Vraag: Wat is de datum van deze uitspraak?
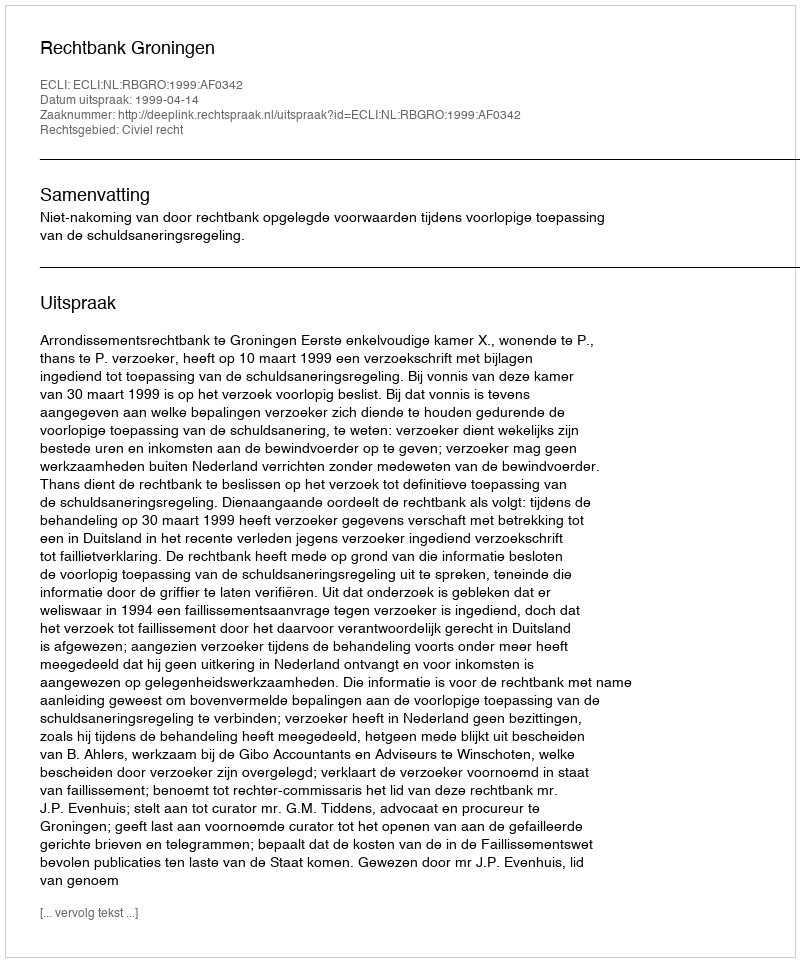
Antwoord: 1999-04-14